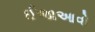
ઈજાઆવો